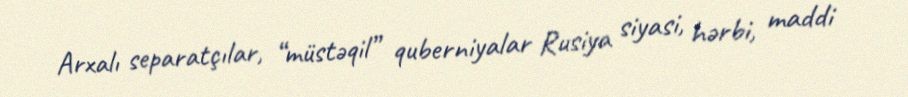
Arxalı separatçılar, “müstəqil” quberniyalar Rusiya siyasi, hərbi, maddi